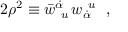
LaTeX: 2 \rho ^ { 2 } \equiv \bar { w } _ { ~ u } ^ { \dot { \alpha } } \, w _ { \dot { \alpha } } ^ { ~ u } ~ ~ ,